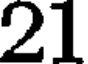
21